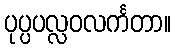
ပုပ္ပပလ္လဝလင်္ကတာ။